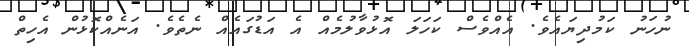
ނުހަނު ކަމުދިޔައެވެ. އެއްވެސް ކަހަލަ އޮޅުވާލުމެއް އެ އަޑުގައެއް ނެތެވެ. އަނެއްކޮޅުން އެހިތް